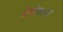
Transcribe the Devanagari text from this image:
वेग्वेगळ्या